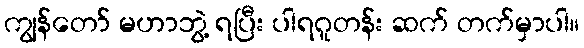
ကျွန်တော် မဟာဘွဲ့ ရပြီး ပါရဂူတန်း ဆက် တက်မှာပါ။